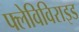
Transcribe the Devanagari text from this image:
फ्लेविविराइड